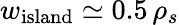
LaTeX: w_{\mathrm{island}}\simeq 0.5\, \rho_{s}